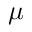
\mu